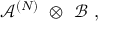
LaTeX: { \mathcal A } ^ { ( N ) } \ \otimes \ { \mathcal B } \ ,